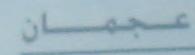
عجمان